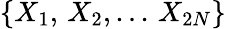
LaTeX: \{ X_{1},\, X_{2},...\, X_{2N}\}